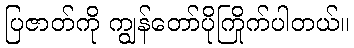
ပြဇာတ်ကို ကျွန်တော်ပိုကြိုက်ပါတယ်။